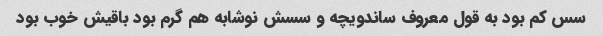
سس کم بود به قول معروف ساندویچه و سسش نوشابه هم گرم بود باقیش خوب بود